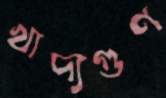
খাদ্যগুণ